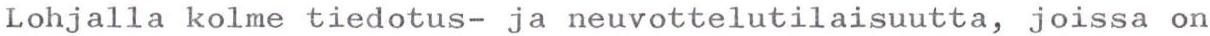
Lohjalla kolme tiedotus- ja neuvottelutilaisuutta, joissa on